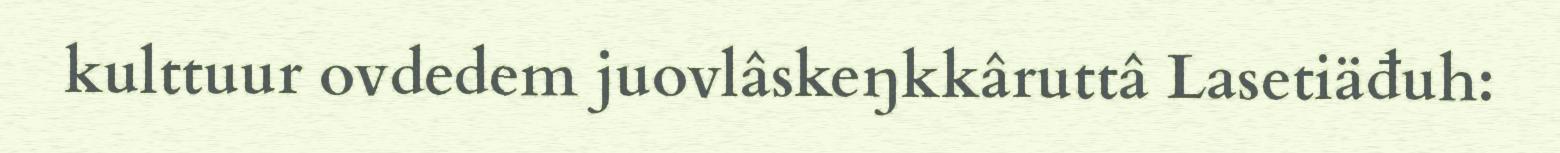
kulttuur ovdedem juovlâskeŋkkâruttâ Lasetiäđuh: